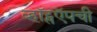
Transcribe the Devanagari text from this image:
व्हॉट्सऍपची